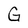
Character: G